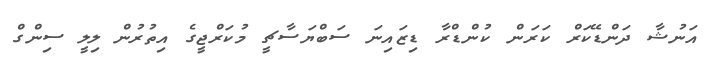
އަނުޝާ ދަންޑޭކަރް ކަރަން ކުންޑްރާ ޑިޒައިނަ ސަބްޔަސާޗީ މުކަރްޖީގެ އިތުރުން ލިލީ ސިންގް